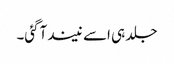
جلد ہی اسے نیند آگئی۔